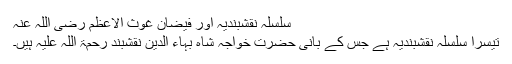
سلسلہ نقشبندیہ اور فیضان غوث الاعظم رضی اللہ عنہ
تیسرا سلسلہ نقشبندیہ ہے جس کے بانی حضرت خواجہ شاہ بہاء الدین نقشبند رحمۃ اللہ علیہ ہیں۔